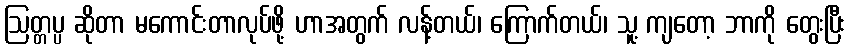
ဩတ္တပ္ပ ဆိုတာ မကောင်းတာလုပ်ဖို့ ဟာအတွက် လန့်တယ်၊ ကြောက်တယ်၊ သူ့ ကျတော့ ဘာကို တွေးပြီး